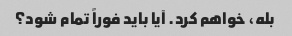
بله، خواهم کرد. آیا باید فوراً تمام شود؟